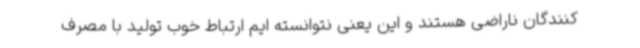
کنندگان ناراضی هستند و این یعنی نتوانسته ایم ارتباط خوب تولید با مصرف